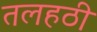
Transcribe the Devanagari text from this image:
तलहठी